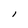
Character: I